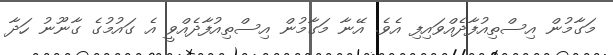
މަގާމުން އިސްތިއުފާދެއްވައިފި އެވެ. އޭނާ މަގާމުން އިސްތިއުފާދެއްވީ އެ ގައުމުގެ ގާނޫނު ހަދާ